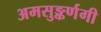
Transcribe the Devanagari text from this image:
अमसुङ्कर्णगी